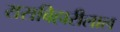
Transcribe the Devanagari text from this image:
रासबिहारीलाल